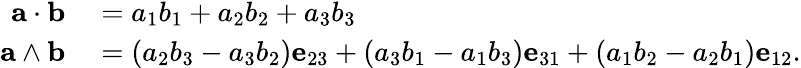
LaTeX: \begin{array}{rl}{\mathbf{a}\cdot\mathbf{b}}&{{}=a_{1}b_{1}+a_{2}b_{2}+a_{3}b_{3}}\\ {\mathbf{a}\wedge\mathbf{b}}&{{}=(a_{2}b_{3}-a_{3}b_{2})\mathbf{e}_{23}+(a_{3}b_{1}-a_{1}b_{3})\mathbf{e}_{31}+(a_{1}b_{2}-a_{2}b_{1})\mathbf{e}_{12}.}\end{array}